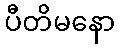
ပီတိမနော